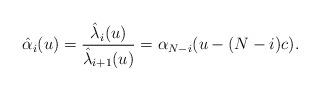
LaTeX: \begin{align*} \hat\alpha_i(u) = \frac{\hat\lambda_{i}(u)}{\hat\lambda_{i+1}(u)} = \alpha_{N-i}(u-(N-i)c).\end{align*}